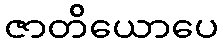
ဇာတိယောပေ